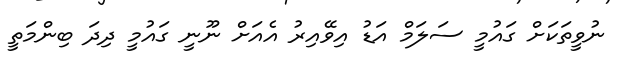
ނުވީތަކަށް ގައުމީ ސަލަމް އަޑު އިވޭއިރު އެއަށް ނޫނީ ގައުމީ ދިދަ ބިންމަތީ